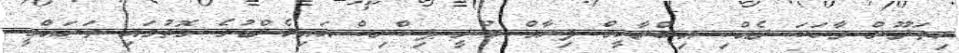
ހިތަދޫން ވާހަކަ ދެއްކި އިބްރާހީމް ފިރާގް ބުނީ ޕިކްނިކް އައިލެންޑުގެ ގޮތުގައި ތަރައްގީ